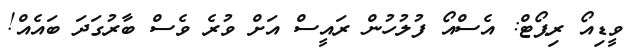
ވީޑިއޯ ރިޕޯޓް: އެސްއޯ ފުލުހުން ރައީސް އަށް ވުރެ ވެސް ބާރުގަދަ ބައެއް!